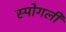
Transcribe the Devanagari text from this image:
स्पोगली